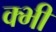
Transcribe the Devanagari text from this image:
क्भी